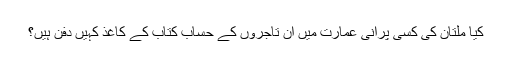
کیا ملتان کی کسی پرانی عمارت میں ان تاجروں کے حساب کتاب کے کاغذ کہیں دفن ہیں؟